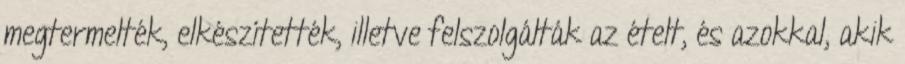
megtermelték, elkészítették, illetve felszolgálták az ételt, és azokkal, akik